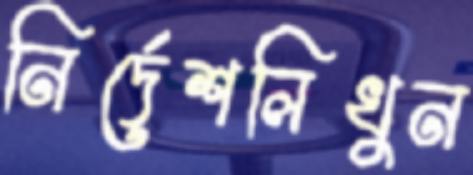
নির্দেশলিখুন